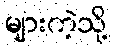
များကဲ့သို့